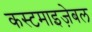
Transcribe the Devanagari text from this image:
कस्टमाइज़ेबल